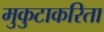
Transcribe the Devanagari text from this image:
मुकुटाकरिता